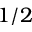
1 / 2